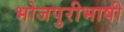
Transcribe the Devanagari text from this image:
भोजपुरीभाषी